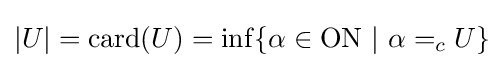
|U|=\mathrm {card} (U)=\inf\{\alpha \in \mathrm {ON} \ |\ \alpha =_{c}U\}